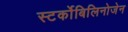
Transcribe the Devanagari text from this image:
स्‍टर्कोबिलिनोजेन